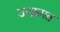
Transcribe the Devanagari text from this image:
उत्क्रमत